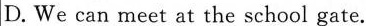
D. We can meet at the school gate.